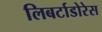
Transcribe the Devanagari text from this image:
लिबर्टाडोरेस